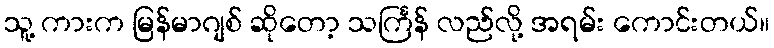
သူ့ ကားက မြန်မာဂျစ် ဆိုတော့ သင်္ကြန် လည်လို့ အရမ်း ကောင်းတယ်။